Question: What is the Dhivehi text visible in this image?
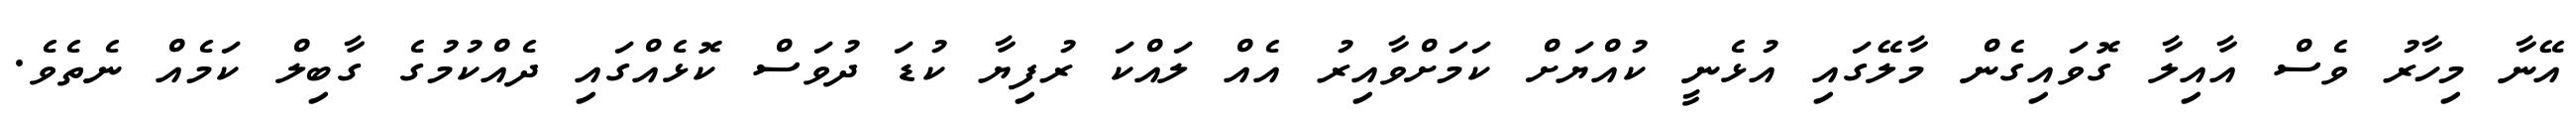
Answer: އޭނާ މިހާރު ވެސް އާއިލާ ގޮވައިގެން މާލޭގައި އުޅެނީ ކުއްޔަށް ކަމަށްވާއިރު އެއް ލައްކަ ރުފިޔާ ކުޑަ ދުވަސް ކޮޅެއްގައި ދެއްކުމުގެ ގާބިލް ކަމެއް ނެތެވެ.